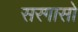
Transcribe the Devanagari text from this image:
सरगासो